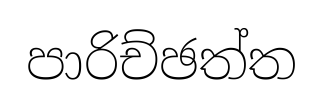
පාරිච්ඡත්ත